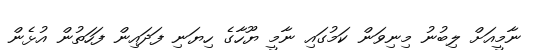
ނާމީއަށް ލިބުނު މިނިވަން ކަމުގައި ނާމީ ޔޫހާގެ ހިޔަނި ފަދައިން ފަހަތުން އުޅެން